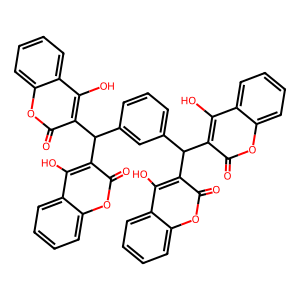
SMILES: O=c1oc2ccccc2c(O)c1C(c1cccc(C(c2c(O)c3ccccc3oc2=O)c2c(O)c3ccccc3oc2=O)c1)c1c(O)c2ccccc2oc1=O
Inhibits HIV replication: Yes